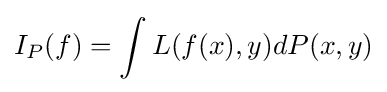
I_{P}(f)=\int L(f(x),y)dP(x,y)